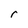
Character: r